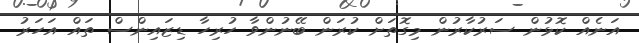
އަނެއް ކޮޅުން ސަރުކާރުން މިގޮތަށް ކުރަން ބޭނުންވާ ހުރިހާ ޑިޒައިންސް ތައް އަހަރު